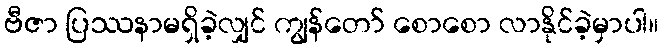
ဗီဇာ ပြဿနာမရှိခဲ့လျှင် ကျွန်တော် စောစော လာနိုင်ခဲ့မှာပါ။